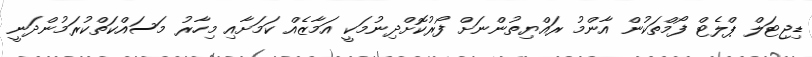
ޑިޖިޓަލް ޕްލެޓް ފޯމްތަކުން އާންމު ރައްޔިތުންނަށް ފޯރުކޮށްދިނުމަކީ އަމާޒެއް ކަމަށާއި މިހާރު މަސައްކަތްކުރަމުންދަނީ